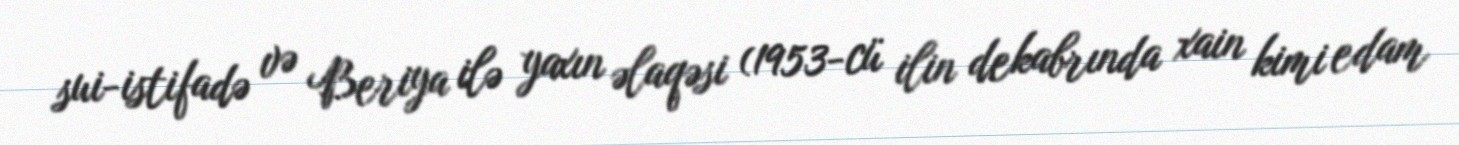
sui-istifadə və Beriya ilə yaxın əlaqəsi (1953-cü ilin dekabrında xain kimi edam